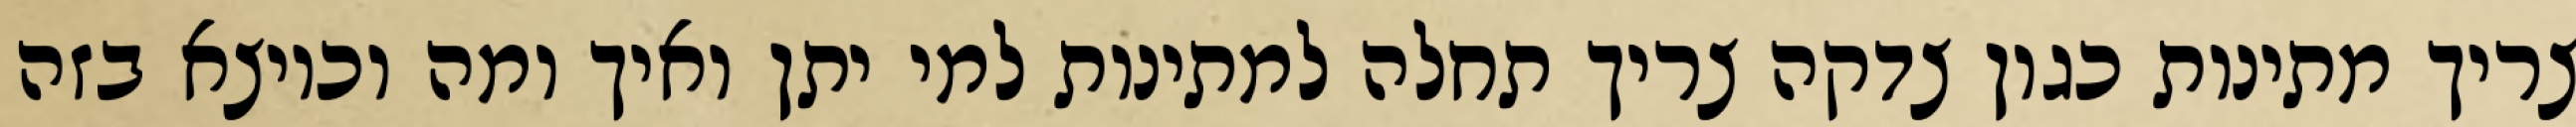
צריך מתינות כגון צדקה צריך תחלה למתינות למי יתן ואיך ומה וכיוצא בזה